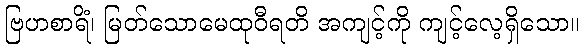
ဗြဟစာရိံ၊ မြတ်သောမေထုဝီရတိ အကျင့်ကို ကျင့်လေ့ရှိသော။